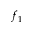
f _ { 1 }